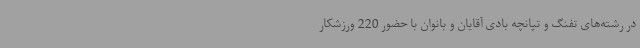
در رشته‌های تفنگ و تپانچه بادی آقایان و بانوان با حضور 220 ورزشکار